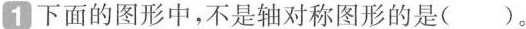
1下面的图形中，不是轴对称图形的是( )